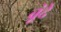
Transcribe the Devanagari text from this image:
बूंंदें